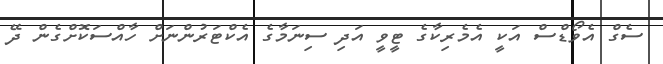
ސެގް އެވޯޑްސް އަކީ އެމެރިކާގެ ޓީވީ އަދި ސިނަމާގެ އެކްޓަރުންނަށް ހާއްސަކޮށްގެން ދޭ